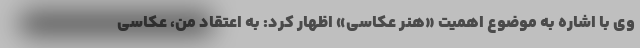
وی با اشاره به موضوع اهمیت «هنر عکاسی» اظهار کرد: به اعتقاد من، عکاسی